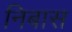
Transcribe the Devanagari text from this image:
निबास